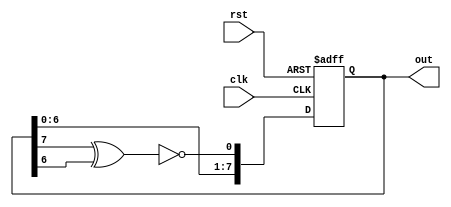
module LSFR (
    input clk,
    input rst,
    output reg [7:0] out 
    );
    wire feedback;
    assign feedback = ~(out[7] ^ out[6]);

    always @(posedge clk, negedge rst) begin
        if (!rst)   
            out <= 7'hFF;
        else
            out <= {out[6:0],feedback};
    end


endmodule